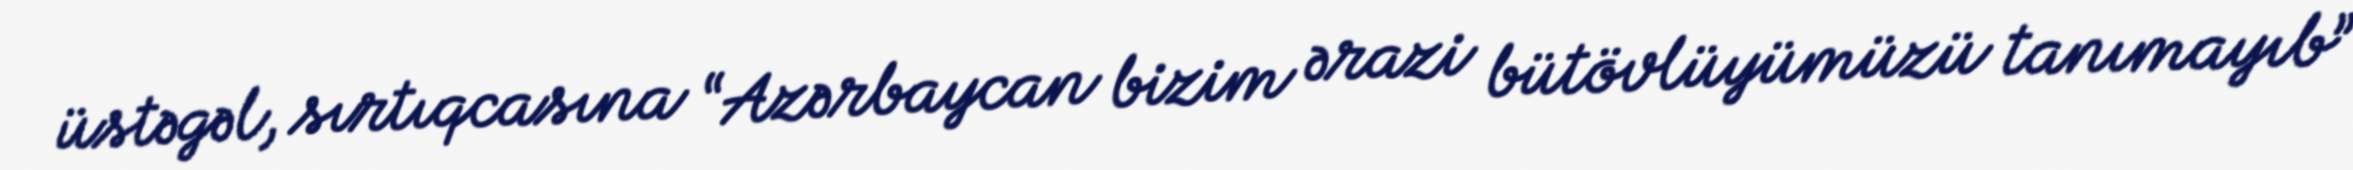
üstəgəl, sırtıqcasına “Azərbaycan bizim ərazi bütövlüyümüzü tanımayıb”